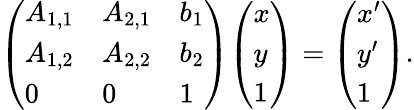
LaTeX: {\left(\begin{array}{lll}{A_{1,1}}&{A_{2,1}}&{b_{1}}\\ {A_{1,2}}&{A_{2,2}}&{b_{2}}\\ {0}&{0}&{1}\end{array}\right)}{\left(\begin{array}{l}{x}\\ {y}\\ {1}\end{array}\right)}={\left(\begin{array}{l}{x^{\prime}}\\ {y^{\prime}}\\ {1}\end{array}\right)}.